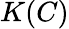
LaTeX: K(C)